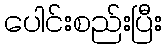
ပေါင်းစည်းပြီး